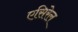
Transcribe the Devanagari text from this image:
एसिरेल